Civil Veterinary Department Bihar & Orissa reports 1911-21 - 1911-1921
Year: 1911
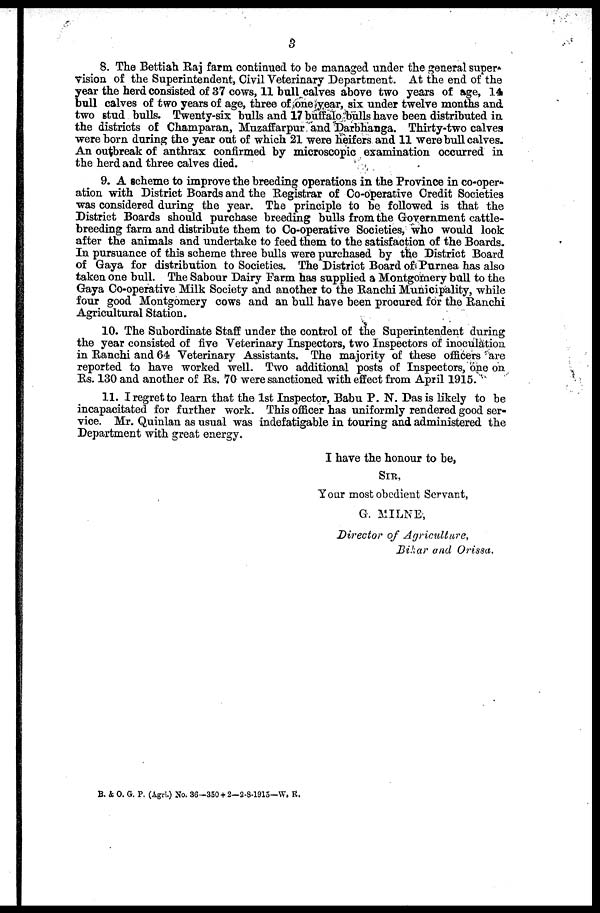
3
8. The Bettiah Raj farm continued to be managed under the general super
vision of the Superintendent, Civil Veterinary Department. At the end of the
year the herd consisted of 37 cows, 11 bull calves above two years of age, 14
bull calves of two years of age, three of one year, six under twelve months and
two 6tud bulls. Twenty-six bulls and 17 buffalo bulls have been distributed in
the districts of Champaran, Muzaffarpur and Darbhanga. Thirty-two calvea
were born during the year out of which 21 were heifers and 11 were bull calves.
An outbreak of anthrax confirmed by microscopic examination occurred in
the herd and three calves died.
9. A scheme to improve the breeding operations in the Province in co-oper-
ation with District Boards and the Registrar of Co-operative Credit Societies
was considered during the year. The principle to be followed is that the
District Boards should purchase breeding bulls from the Government cattle-
breeding farm and distribute them to Co-operative Societies, who would look
after the animals and undertake to feed them to the satisfaction of the Boards.
In pursuance of this scheme three bulls were purchased by the District Board
of Gaya for distribution to Societies. The District Board of Purnea has also
taken one bull. The Sabour Dairy Farm has supplied a Montgomery bull to the
Gaya Co-operative Milk Society and another to the Ranchi Municipality, while
four good Montgomery cows and an bull have been procured for the Ranchi
Agricultural Station.
10. The Subordinate Staff under the control of the Superintendent during
the year consisted of five Veterinary Inspectors, two Inspectors of inoculation
in Ranchi and 64 Veterinary Assistants. The majority of these officers are
reported to have worked well. Two additional posts of Inspectors, one on
Rs. 130 and another of Rs. 70 were sanctioned with effect from April 1915.
11. I regret to learn that the 1st Inspector, Babu P. N. Das is likely to be
incapacitated for further work. This officer has uniformly rendered good ser-
vice. Mr. Quinlan as usual was indefatigable in touring and administered the
Department with great energy.
I have the honour to be,
SIR.
Your most obedient Scrvant,
G. MILNE,
Director of Agriculture,
Bihar and Orissa,
B. & O. G. P. (Agri.) No. 36-350 + 2—2-S-1915—W, R.